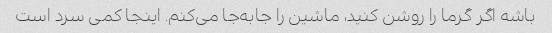
باشه اگر گرما را روشن کنید، ماشین را جابه‌جا می‌کنم. اینجا کمی سرد است